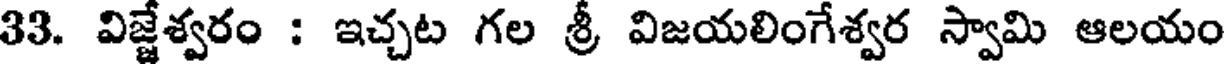
33. విజ్జేశ్వరం : ఇచ్చట గల శ్రీ విజయలింగేశ్వర స్వామి ఆలయం